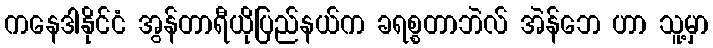
ကနေဒါနိုင်ငံ အွန်တာရီယိုပြည်နယ်က ခရစ္စတာဘဲလ် အဲန်ဘေ ဟာ သူ့မှာ